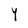
Character: Y